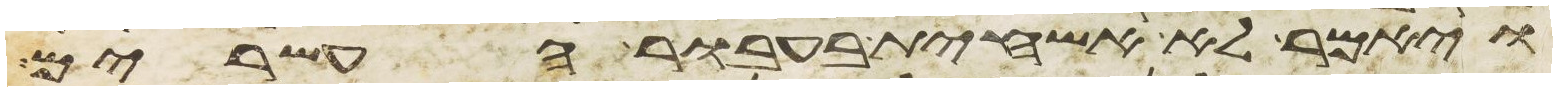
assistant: ויאמר לא אשחית בעבור העשרים